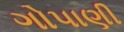
ગોપાણી